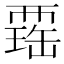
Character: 𧟾